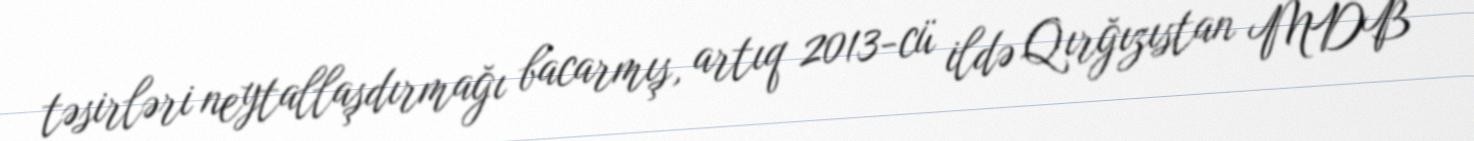
təsirləri neytallaşdırmağı bacarmış, artıq 2013-cü ildə Qırğızıstan MDB